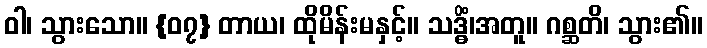
ဝါ၊ သွားသော။ {၀၇} တာယ၊ ထိုမိန်းမနှင့်။ သဒ္ဓိံ၊အတူ။ ဂစ္ဆတိ၊ သွား၏။